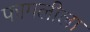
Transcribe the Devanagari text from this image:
फागलीला